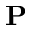
\mathbf { P }